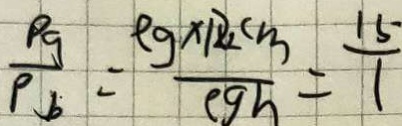
\frac { \rho g } { \rho b } = \frac { \rho \times 1 z 2 c m } { ( \rho g h ) } = \frac { 1 5 } { 1 }